Lunatic asylums United Provinces 1909-1921 - 1909-1921
Year: 1909
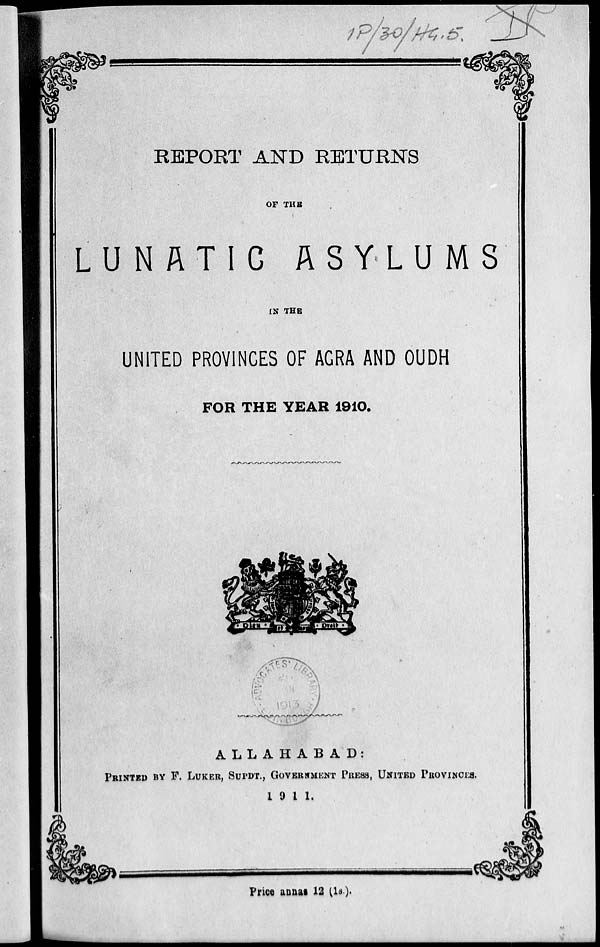
REPORT AND RETURNS
OF THE
LUNATIC
ASYLUMS
IN THE
UNITED PROVINCES OF AGRA AND OUDH
FOR THE YEAR 1910.
ALLAHABAD :
PRINTED BY F. LUKER, SUPDT., GOVERNMENT PRESS, UNIT
1911.
Price annas 12 (1s.).